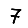
Digit: 7